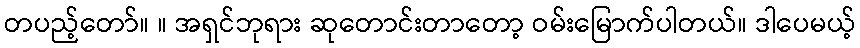
တပည့်တော်။ ။ အရှင်ဘုရား ဆုတောင်းတာတော့ ဝမ်းမြောက်ပါတယ်။ ဒါပေမယ့်